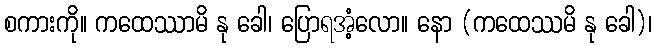
စကားကို။ ကထေဿာမိ နု ခေါ၊ ပြောရအံ့လော။ နော (ကထေဿမိ နု ခေါ)၊